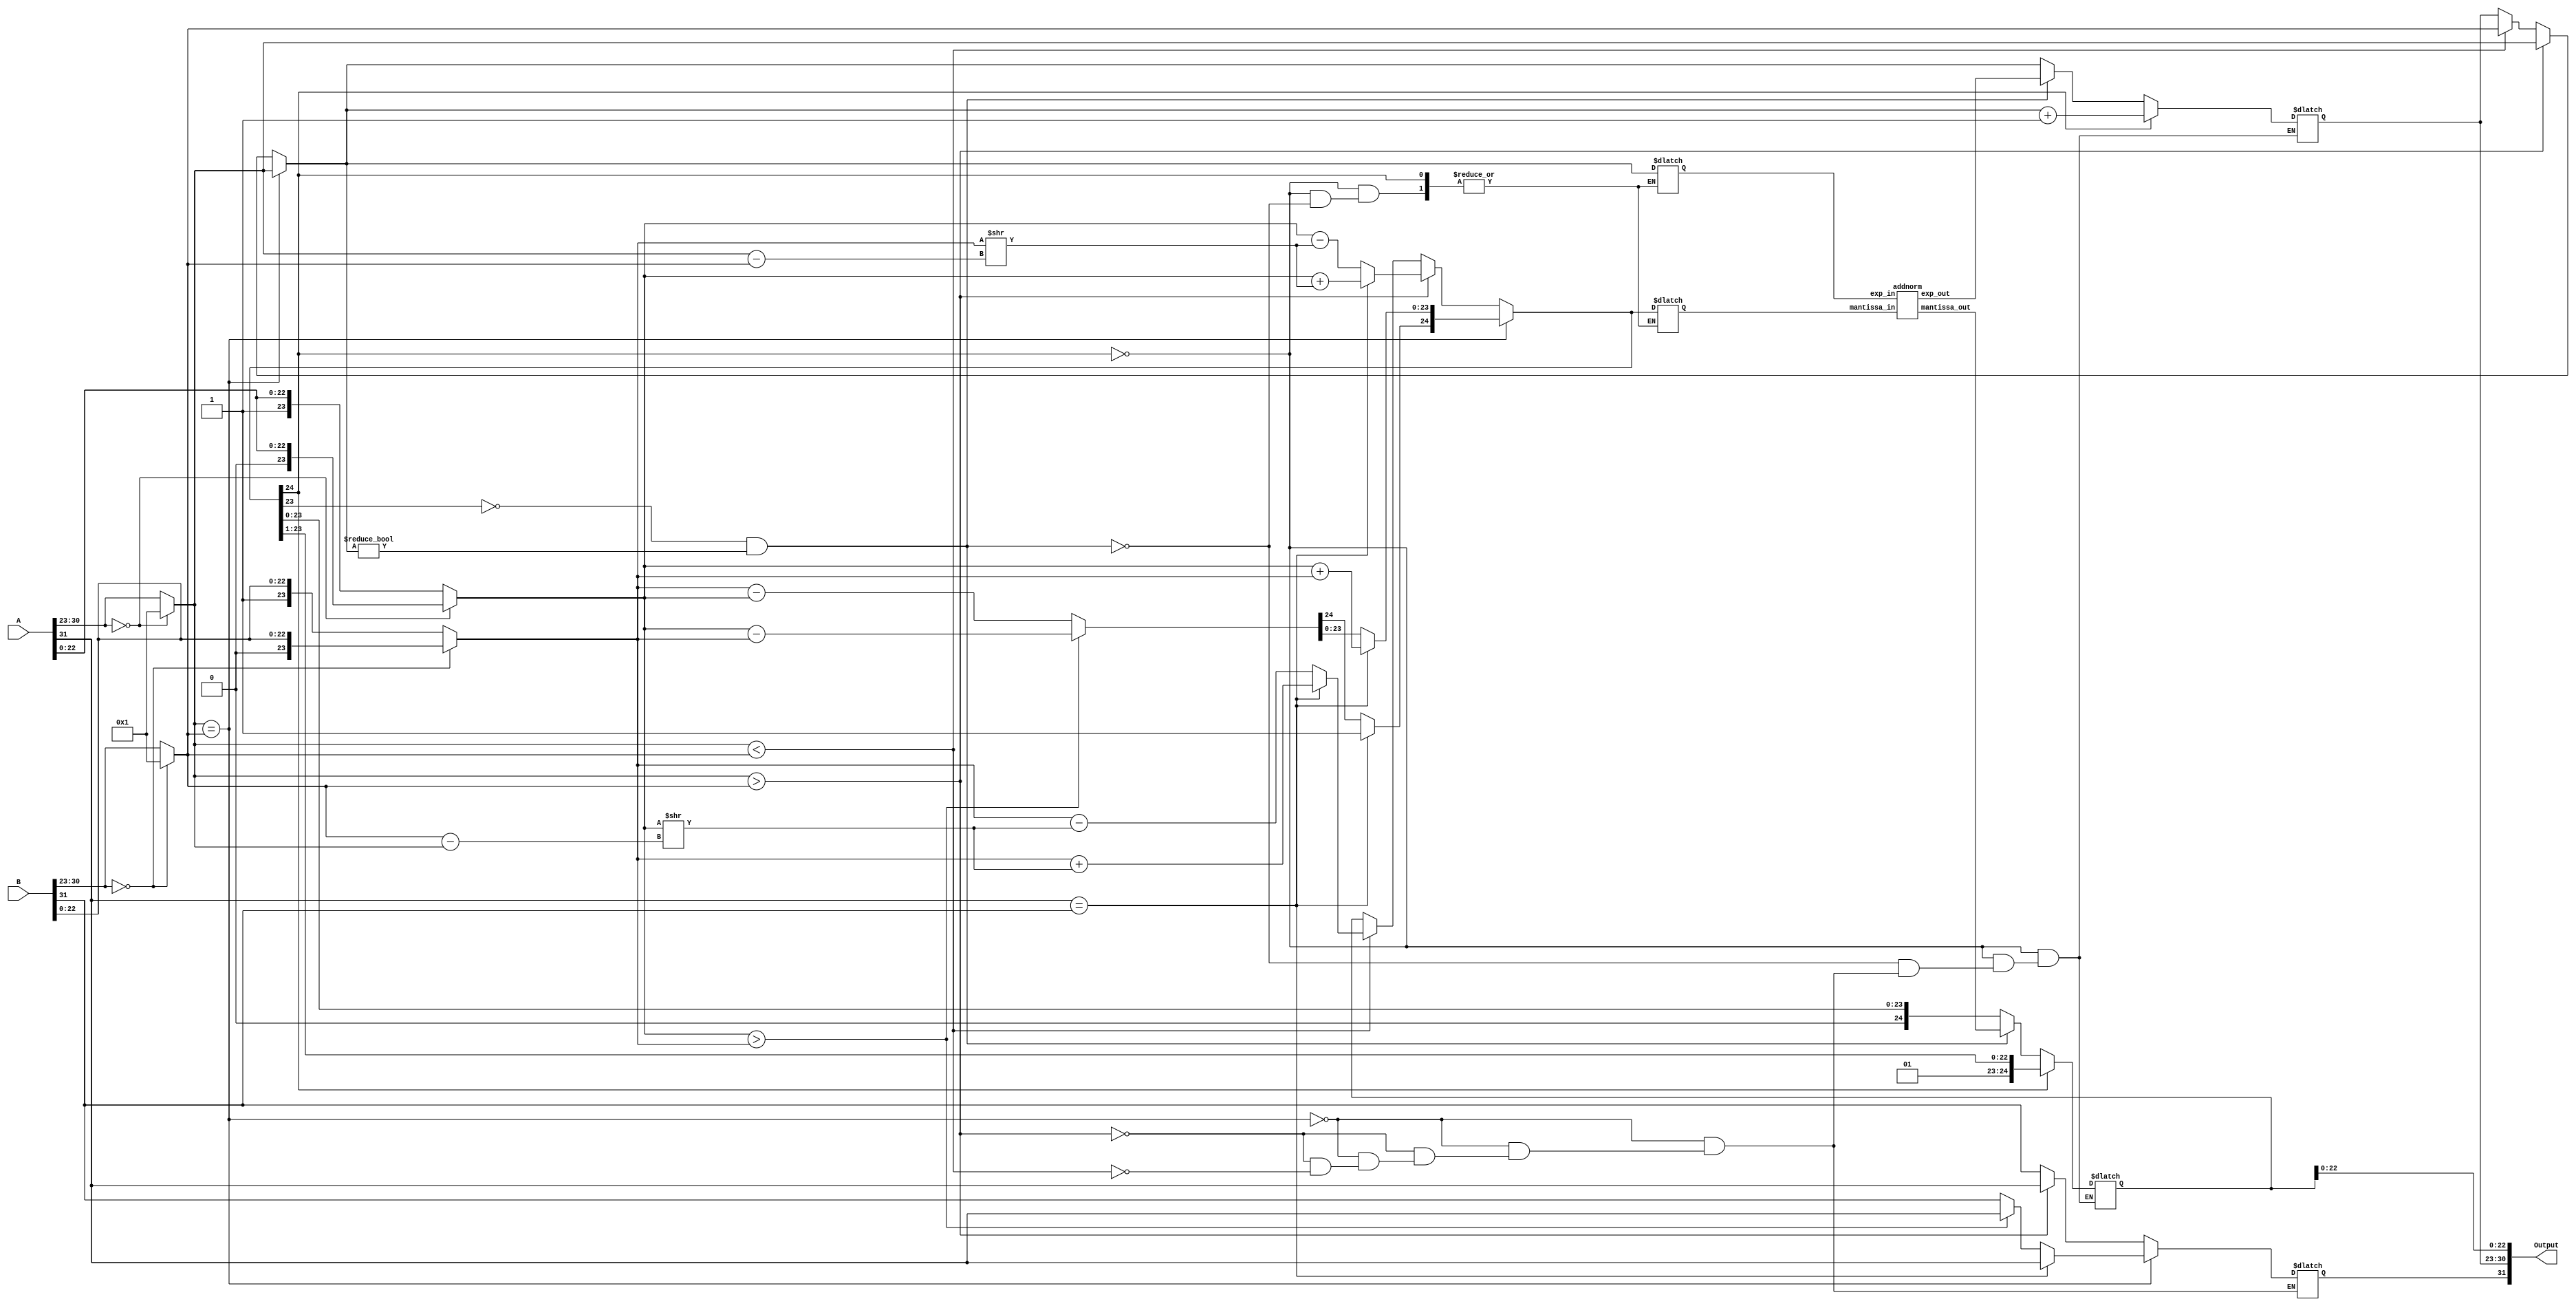
module addition_subtraction1(A, B, Output);
  
input  [31:0] A, B;
output [31:0] Output;

wire [31:0] Output;
wire [7:0] o_e;
wire [24:0] o_m;
  
reg sgA;
reg [7:0] expA;
reg [23:0] manA;
reg sgB;
reg [7:0] expB;
reg [23:0] manB;
reg sgO;
reg [7:0] expO;
reg [24:0] manO;
reg [7:0] difference;
reg [23:0] tempMan;
reg  [7:0] i_e;
reg  [24:0] i_m;

addnorm abc(
    .exp_in(i_e),
    .mantissa_in(i_m),
    .exp_out(o_e),
    .mantissa_out(o_m)
);

assign Output[31] = sgO;
assign Output[30:23] = expO;
assign Output[22:0] = manO[22:0];

always @ ( * ) begin
sgA = A[31];
if(A[30:23] == 0) begin
expA = 8'b00000001;
manA = {1'b0, A[22:0]};
end else begin
expA = A[30:23];
manA = {1'b1, A[22:0]};
end
sgB = B[31];
if(B[30:23] == 0) begin
expB = 8'b00000001;
manB = {1'b0, B[22:0]};
end else begin
expB = B[30:23];
manB = {1'b1, B[22:0]};
end
if (expA == expB) begin
expO = expA;
if (sgA == sgB) begin
manO = manA + manB;
manO[24] = 1;
sgO = sgA;
end else begin
if(manA > manB) begin
manO = manA - manB;
sgO = sgA;
end else begin
manO = manB - manA;
sgO = sgB;
end
end
end else begin 
if (expA > expB) begin
expO = expA;
sgO = sgA;
difference = expA - expB;
tempMan = manB >> difference;
if (sgA == sgB)
manO = manA + tempMan;
else
manO = manA - tempMan;
end else if (expA < expB) begin
expO = expB;
sgO = sgB;
difference = expB - expA;
tempMan = manA >> difference;
if (sgA == sgB) begin
manO = manB + tempMan;
end else begin
manO = manB - tempMan;
end
end
end
if(manO[24] == 1) begin
expO = expO + 1;
manO = manO >> 1;
end else if((manO[23] != 1) && (expO != 0)) begin
i_e = expO;
i_m = manO;
expO = o_e;
manO = o_m;
end
end
endmodule

module addnorm(exp_in,mantissa_in,exp_out,mantissa_out);

input [7:0] exp_in;
input [24:0] mantissa_in;

output [7:0] exp_out;
output [24:0] mantissa_out;

wire [7:0] exp_in;
wire [24:0] mantissa_in;
  
reg [7:0] exp_out;
reg [24:0] mantissa_out;

always @ ( * ) begin
if (mantissa_in[23:3] == 21'b000000000000000000001) begin
    exp_out = exp_in - 20;
    mantissa_out = mantissa_in << 20;
end else if (mantissa_in[23:4] == 20'b00000000000000000001) begin
    exp_out = exp_in - 19;
    mantissa_out = mantissa_in << 19;
end else if (mantissa_in[23:5] == 19'b0000000000000000001) begin
    exp_out = exp_in - 18;
	mantissa_out = mantissa_in << 18;
end else if (mantissa_in[23:6] == 18'b000000000000000001) begin
	exp_out = exp_in - 17;
	mantissa_out = mantissa_in << 17;
end else if (mantissa_in[23:7] == 17'b00000000000000001) begin
	exp_out = exp_in - 16;
	mantissa_out = mantissa_in << 16;
end else if (mantissa_in[23:8] == 16'b0000000000000001) begin
	exp_out = exp_in - 15;
	mantissa_out = mantissa_in << 15;
end else if (mantissa_in[23:9] == 15'b000000000000001) begin
	exp_out = exp_in - 14;
	mantissa_out = mantissa_in << 14;
end else if (mantissa_in[23:10] == 14'b00000000000001) begin
	exp_out = exp_in - 13;
	mantissa_out = mantissa_in << 13;
end else if (mantissa_in[23:11] == 13'b0000000000001) begin
	exp_out = exp_in - 12;
	mantissa_out = mantissa_in << 12;
end else if (mantissa_in[23:12] == 12'b000000000001) begin
	exp_out = exp_in - 11;
	mantissa_out = mantissa_in << 11;
end else if (mantissa_in[23:13] == 11'b00000000001) begin
	exp_out = exp_in - 10;
	mantissa_out = mantissa_in << 10;
end else if (mantissa_in[23:14] == 10'b0000000001) begin
	exp_out = exp_in - 9;
	mantissa_out = mantissa_in << 9;
end else if (mantissa_in[23:15] == 9'b000000001) begin
    exp_out = exp_in - 8;
	mantissa_out = mantissa_in << 8;
end else if (mantissa_in[23:16] == 8'b00000001) begin
	exp_out = exp_in - 7;
	mantissa_out = mantissa_in << 7;
end else if (mantissa_in[23:17] == 7'b0000001) begin
	exp_out = exp_in - 6;
	mantissa_out = mantissa_in << 6;
end else if (mantissa_in[23:18] == 6'b000001) begin
	exp_out = exp_in - 5;
	mantissa_out = mantissa_in << 5;
end else if (mantissa_in[23:19] == 5'b00001) begin
	exp_out = exp_in - 4;
	mantissa_out = mantissa_in << 4;
end else if (mantissa_in[23:20] == 4'b0001) begin
	exp_out = exp_in - 3;
	mantissa_out = mantissa_in << 3;
end else if (mantissa_in[23:21] == 3'b001) begin
	exp_out = exp_in - 2;
	mantissa_out = mantissa_in << 2;
end else if (mantissa_in[23:22] == 2'b01) begin
	exp_out = exp_in - 1;
	mantissa_out = mantissa_in << 1;
end
end
endmodule